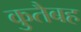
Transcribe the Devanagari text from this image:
कुतैबह